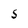
Character: S